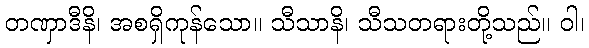
တဏှာဒီနိ၊ အစရှိကုန်သော။ သီသာနိ၊ သီသတရားတို့သည်။ ဝါ၊